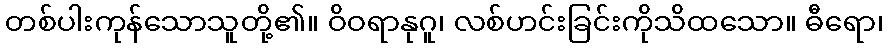
တစ်ပါးကုန်သောသူတို့၏။ ဝိဝရာနုဂူ၊ လစ်ဟင်းခြင်းကိုသိထသော။ ဓီရော၊